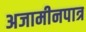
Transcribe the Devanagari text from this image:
अजामीनपात्र